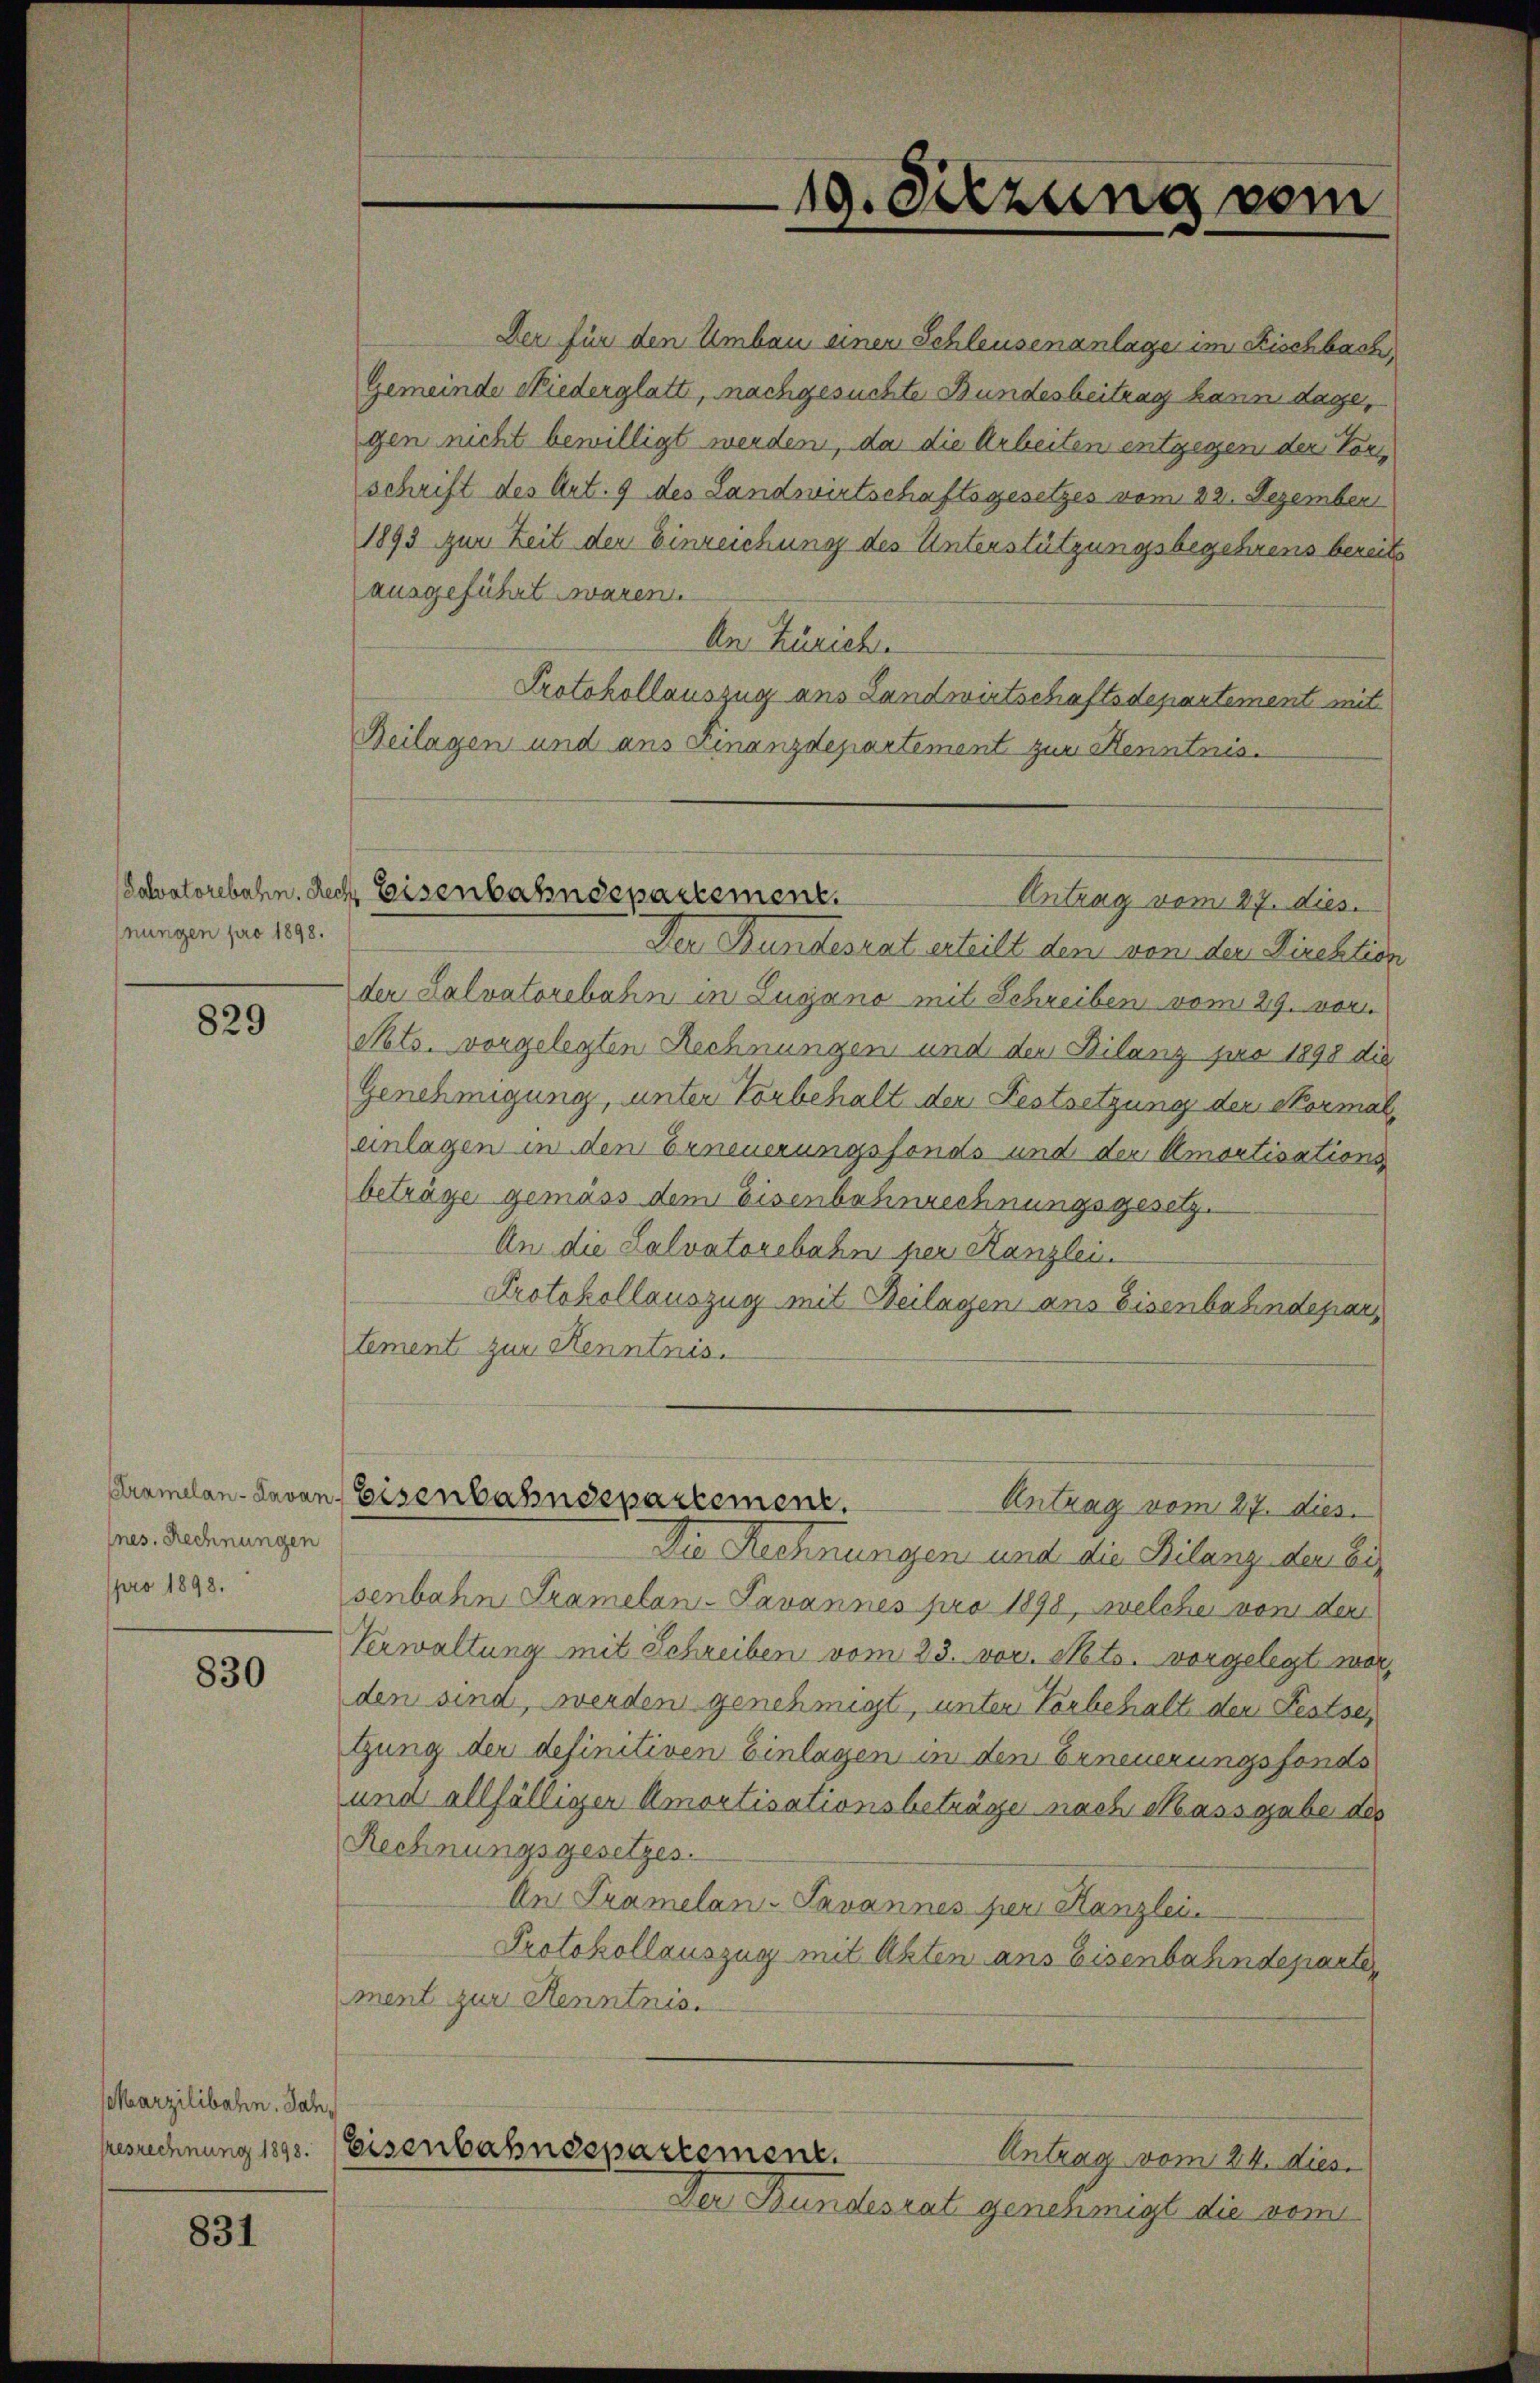
Salvatorebahn. Rec
nungen pro 1898.

829

fnes. Rechnungen
pro 1898.

830

Marzilibahn. Jah
resrechnung 1898.

831

Der für den Umbau einer Schleusenanlage im Fischbach,
Gemeinde Niederglatt, nachgesuchte Bundesbeitrag kann dage,
gen nicht bewilligt werden, da die Arbeiten entgegen der Vors
schrift des Art. 9 des Landwirtschaftsgesetzes vom 22. Dezember
1893 zur Zeit der Einreichung des Unterstützungsbegehrens bereits
ausgeführt waren.
An Zürich
Protokollauszug aus Landwirtschaftsdepartement mit
Beilagen und ans Finanzdepartement zur Kenntnis.
Der Bundesrat erteilt den von der Direktion
der Salvatorebahn in Lugano mit Schreiben vom 29. vor.
Nts. vorgelegten Rechnungen und der Bilanz für 1898 die
Genehmigung, unter Vorbehalt der Festsetzung der Normal,
einlagen in den Erneuerungsfonds und der Amortisations
beträge gemäss dem Eisenbahnrechnungsgesetz.
An die Salvatorebahn per Kanzlein
Protokollauszug mit Beilagen ans Eisenbahndepar
tement zur Kenntnis.
Kramelan-Lavan, Eisenbahndepartement.
Antrag vom 27. dies
Die Rechnungen und die Bilanz der Ei
senbahn Tramelan- Javannes pro 1898, welche vom der
Verwaltung mit Schreiben vom 23. vor. Mts. vorgelegt war,
den sind, werden genehmigt, unter Vorbehalt den Festses
Gung der definitiven Einlagen in den Erneuerungsfonds
und allfälliger Amortisationsbeträge nach Massgabe des
Rechnungsgesetzes.
An Tramelan-Savannes per Kanzlei
Protokollauszug mit Akten ans Eisenbahndeparte
ment zur Kenntnis.
Eisenbahndepartement.
Antrag vom 24. dies
Der Bundesrat genehmigt die vom

19. Diezung vom

Eisenbahndepartement.
Antrag vom 27. dies.